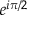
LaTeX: e ^ { i \pi / 2 }